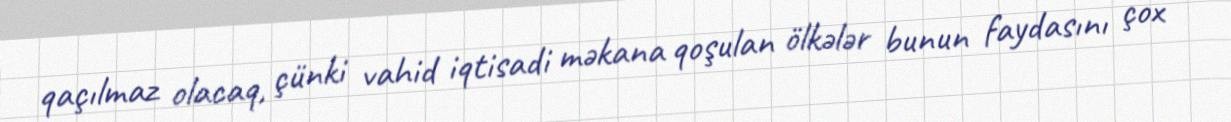
qaçılmaz olacaq, çünki vahid iqtisadi məkana qoşulan ölkələr bunun faydasını çox